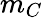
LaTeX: m_{C}